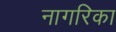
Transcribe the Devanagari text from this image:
नागरिका